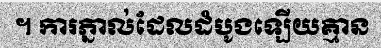
។ ការភ្នាល់ដែលដំបូងឡើយគ្មាន